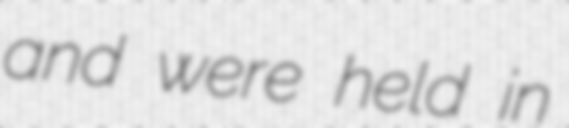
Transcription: and were held in